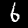
Digit: 6